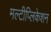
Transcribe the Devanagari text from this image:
मल्टीप्लिकेशन